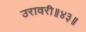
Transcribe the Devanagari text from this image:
उरावरी॥४३॥